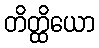
တိတ္ထိယော